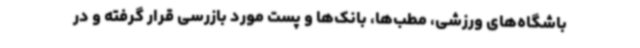
باشگاه‌های ورزشی، مطب‌ها، بانک‌ها و پست مورد بازرسی قرار گرفته و در